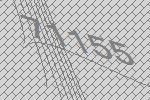
71155